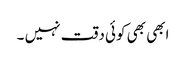
ابھی بھی کوئی دقت نہیں‌ ۔